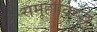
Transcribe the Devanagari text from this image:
समूहाविरुद्ध